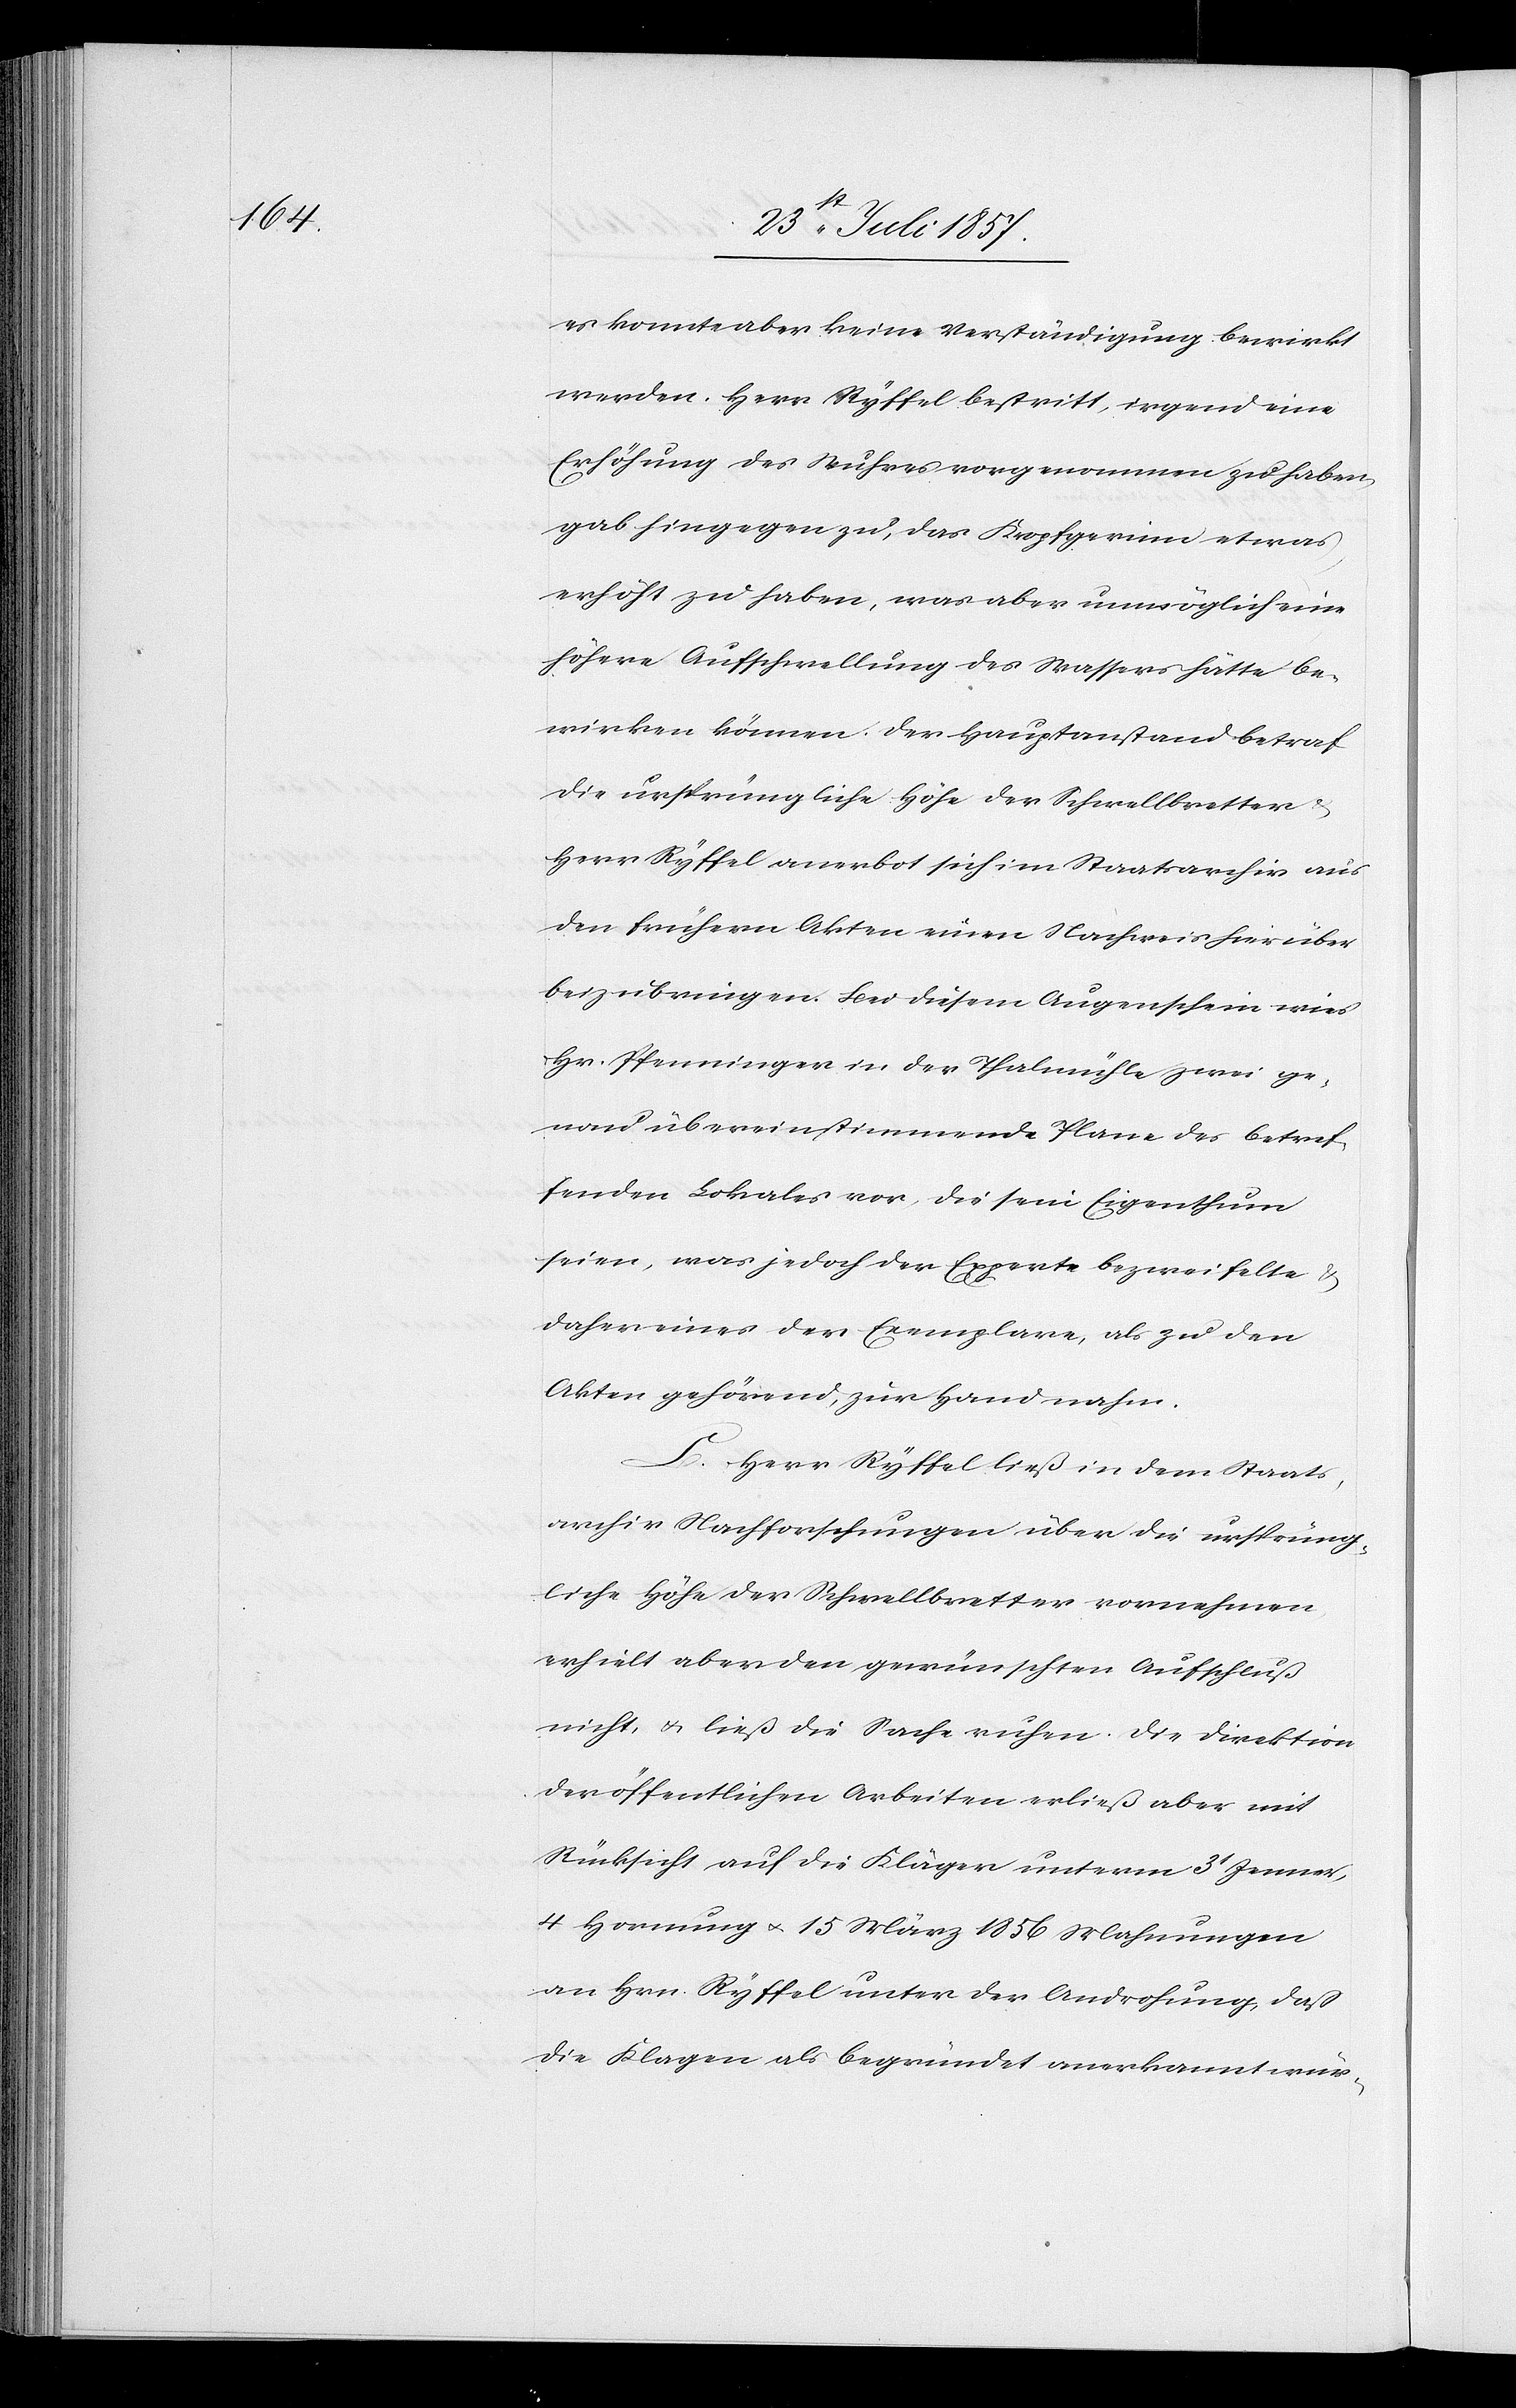
es konnte aber keine Verständigung bewirkt
werden. Herr Ryffel bestritt, irgend eine
Erhöhung des Wuhres vorgenommen zu haben,
gab hingegen zu, das Kropfgerinn etwas
erhöht zu haben, was aber unmöglich eine
höhere Aufschwellung des Wassers hätte be¬
wirken können. Der Hauptanstand betraf
die ursprüngliche Höhe der Schwellbretter
Herr Ryffel anerbot sich im Staatsarchiv aus
den frühern Akten einen Nachweis hierüber
beizubringen. Bei diesem Augenschein wies
Hr. Pfenninger in der Thalmühle zwei ge¬
nau übereinstimmende Plane des betref¬
fenden Lokales vor, die sein Eigenthum
seien, was jedoch der Experte bezweifelte &
daher eines der Exemplare, als zu den
Akten gehörend, zur Hand nahm.
C. Herr Ryffel ließ in dem Staats¬
archiv Nachforschungen über die ursprüng¬
liche Höhe der Schwellbretter vornehmen,
erhielt aber den gewünschten Aufschluß
nicht, & ließ die Sache ruhen. Die Direktion
der öffentlichen Arbeiten erließ aber mit
Rücksicht auf die Kläger unterm 3t Jenner,
4t Hornung & 15 März 1856 Mahnungen
an Hrn. Ryffel unter der Androhung, daß
die Klagen als begründet anerkannt wür-